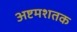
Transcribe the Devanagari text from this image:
अष्टमशतक